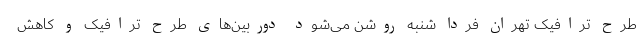
طرح ترافیک تهران فردا شنبه روشن می‌شود دوربین‌های طرح ترافیک و کاهش